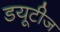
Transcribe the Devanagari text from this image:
डयूटीज